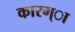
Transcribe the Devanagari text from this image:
कारग्ा